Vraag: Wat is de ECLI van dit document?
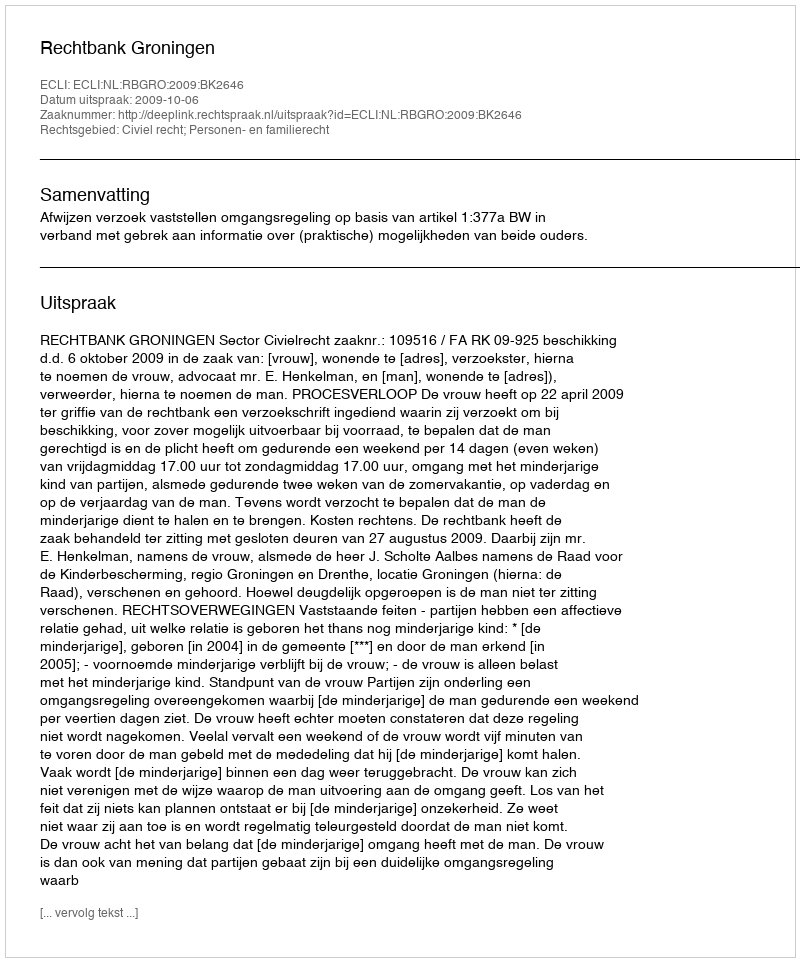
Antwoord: ECLI:NL:RBGRO:2009:BK2646